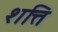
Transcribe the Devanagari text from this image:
शत्ति